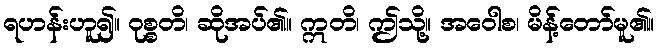
ရဟန်းဟူ၍။ ဝုစ္စတိ၊ ဆိုအပ်၏။ ဣတိ၊ ဤသို့။ အဝေါစ၊ မိန့်တော်မူ၏။